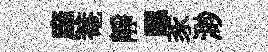
庠菴静颸豕渺